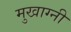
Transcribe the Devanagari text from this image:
मुखाग्नी